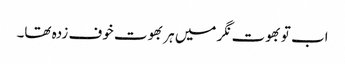
اب تو بھوت نگر میں ہر بھوت خوف زدہ تھا۔